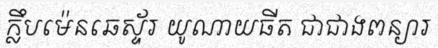
ក្លឹបម៉េនឆេស្ទ័រ យូណាយធីត ជាជាងពន្យារ